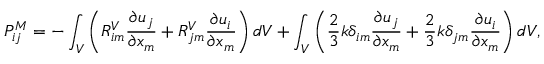
P _ { i j } ^ { M } = - \int _ { V } \left( R _ { i m } ^ { V } \frac { \partial u _ { j } } { \partial x _ { m } } + R _ { j m } ^ { V } \frac { \partial u _ { i } } { \partial x _ { m } } \right) d V + \int _ { V } \left( \frac { 2 } { 3 } k \delta _ { i m } \frac { \partial u _ { j } } { \partial x _ { m } } + \frac { 2 } { 3 } k \delta _ { j m } \frac { \partial u _ { i } } { \partial x _ { m } } \right) d V ,